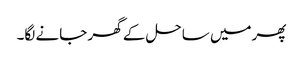
پھرمیں ساحل کے گھر جانے لگا۔